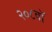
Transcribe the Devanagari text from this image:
२०८वॉ